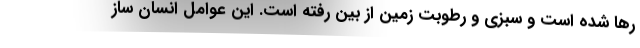
رها شده است و سبزی و رطوبت زمین از بین رفته است. این عوامل انسان ساز